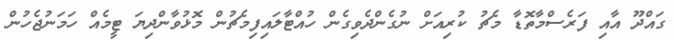
ގައްދޫ އާއި ފަރެސްމާތޮޑާ މެޗު ކުރިއަށް ނުގެންދެވިގެން ހުއްޓާލައިފިމެޗުން މޮޅުވާންދިޔަ ޓީމެއް ހަމަނުޖެހުން